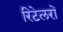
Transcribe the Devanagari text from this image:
रिटेलरों